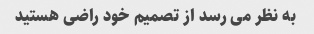
به نظر می رسد از تصمیم خود راضی هستید